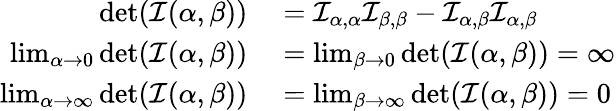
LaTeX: \begin{array}{rl}{\operatorname*{det}({\mathcal{I}}(\alpha,\beta))}&{{}={\mathcal{I}}_{\alpha,\alpha}{\mathcal{I}}_{\beta,\beta}-{\mathcal{I}}_{\alpha,\beta}{\mathcal{I}}_{\alpha,\beta}}\\ {\operatorname*{lim}_{\alpha\to 0}\operatorname*{det}({\mathcal{I}}(\alpha,\beta))}&{{}=\operatorname*{lim}_{\beta\to 0}\operatorname*{det}({\mathcal{I}}(\alpha,\beta))=\infty}\\ {\operatorname*{lim}_{\alpha\to\infty}\operatorname*{det}({\mathcal{I}}(\alpha,\beta))}&{{}=\operatorname*{lim}_{\beta\to\infty}\operatorname*{det}({\mathcal{I}}(\alpha,\beta))=0}\end{array}